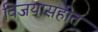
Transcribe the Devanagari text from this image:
विजयासहीत